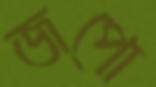
জপো